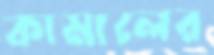
কামালের